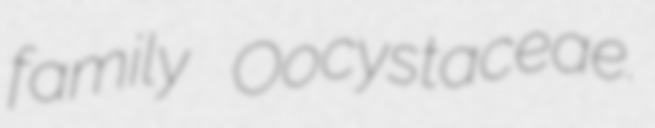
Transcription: family Oocystaceae.